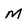
Character: M